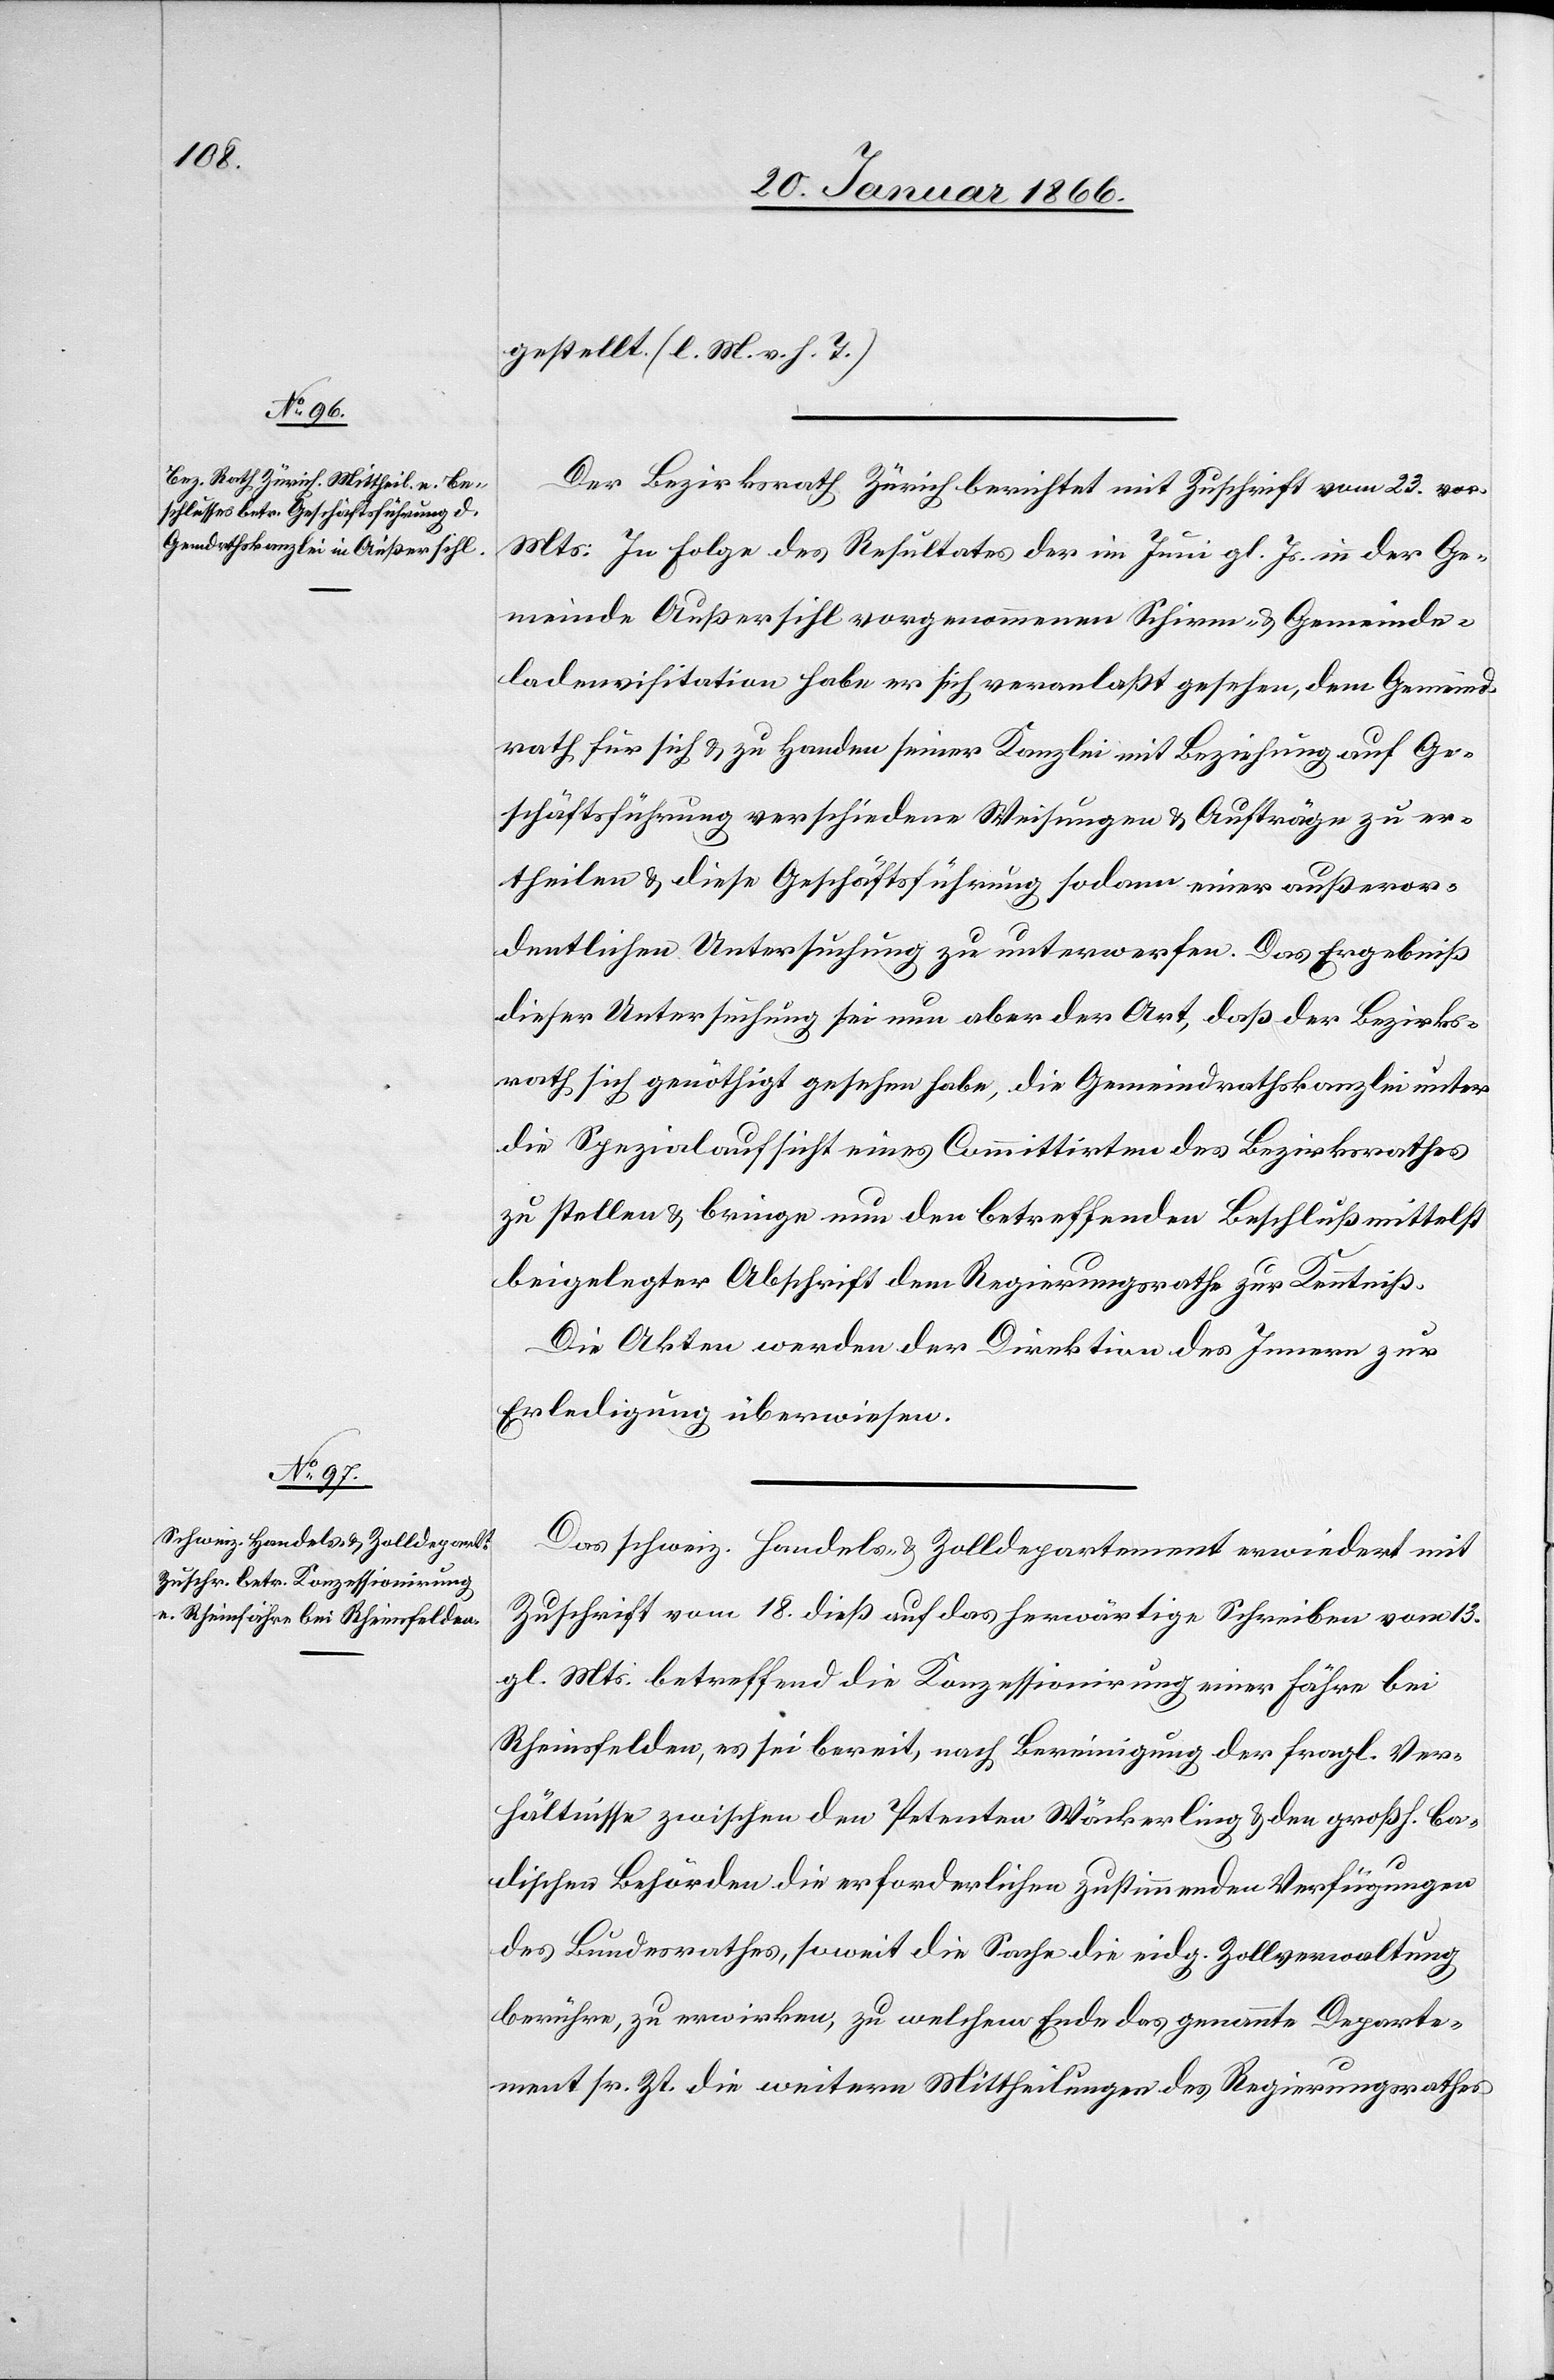
stellt. [l. M. d. h. T.]
Der Bezirksrath Zürich berichtet mit Zuschrift vom 23. vor.
Mts: In Folge des Resultates der im Juni gl. Js. in der Ge¬
meinde Außersihl vorgenommenen Schirm- u. Gemeind¬
ladenvisitation habe er sich veranlaßt gesehen, dem Gemeind¬
rath für sich u. zu Handen seiner Kanzlei mit Beziehung auf Ge¬
schäftsführung verschiedene Weisungen u. Aufträge zu er¬
theilen u. diese Geschäftsführung sodann einer außeror¬
dentlichen Untersuchung zu unterwerfen. Das Ergebniß
dieser Untersuchung sei nun aber der Art, daß der Bezirks¬
rath sich genöthigt gesehen habe, die Gemeindrathskanzlei unter
die Spezialaufsicht eines Committirten des Bezirksrathes
zu stellen u. bringe nun den betreffenden Beschluß mittelst
beigelegter Abschrift dem Regierungsrathe zur Kenntniß.
Die Akten werden der Direktion des Innern zur
Erledigung überwiesen.
Das schweiz. Handels- & Zolldepartement erwiedert mit
Zuschrift vom 18. dieß auf das herwärtige Schreiben vom 13.
gl. Mts. betreffend die Konzessionierung einer Fähre bei
Rheinsfelden [sic!], es sei bereit, nach Bereinigung der fragl. Ver¬
hältnisse zwischen den Petenten Wäckerling u. den großh. ba¬
dischen Behörden die erforderliche zustimmenden Verfügungen
des Bundesrathes, soweit die Sache die eidg. Zollverwaltung
berühre, zu erwirken, zu welchem Ende das genannte Departe¬
ment sr. Zt. die weitern Mittheilungen des Regierungsrathes